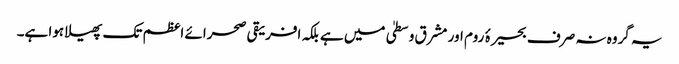
یہ گروہ نہ صرف بحیرۂ روم اور مشرق وسطیٰ میں ہے بلکہ افریقی صحرائے اعظم تک پھیلا ہوا ہے۔